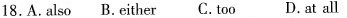
18.A.alo B. either C.too D. at all